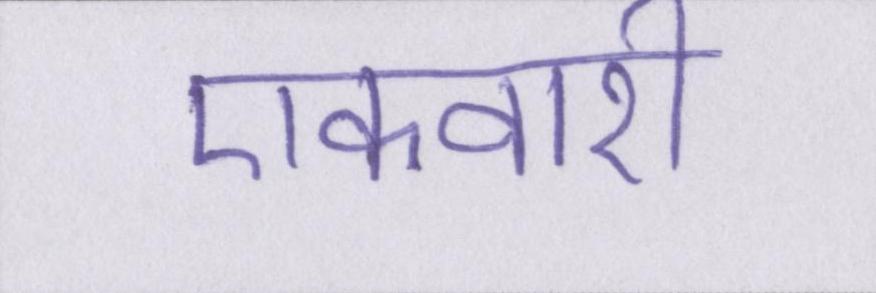
एकवारी